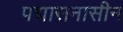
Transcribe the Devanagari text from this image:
पद्मासनासीन